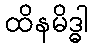
ထိနမိဒ္ဓါ